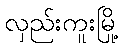
လှည်းကူးမြို့